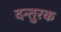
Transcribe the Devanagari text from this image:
दन्तुरक